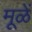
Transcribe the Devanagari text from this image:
मूळें